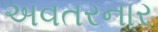
અવતરનાર